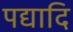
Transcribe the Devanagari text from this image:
पद्यादि